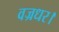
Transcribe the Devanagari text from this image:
वज्रधर।